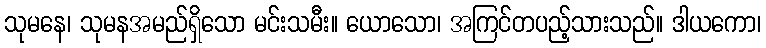
သုမနေ၊ သုမနအမည်ရှိသော မင်းသမီး။ ယောသော၊ အကြင်တပည့်သားသည်။ ဒါယကော၊